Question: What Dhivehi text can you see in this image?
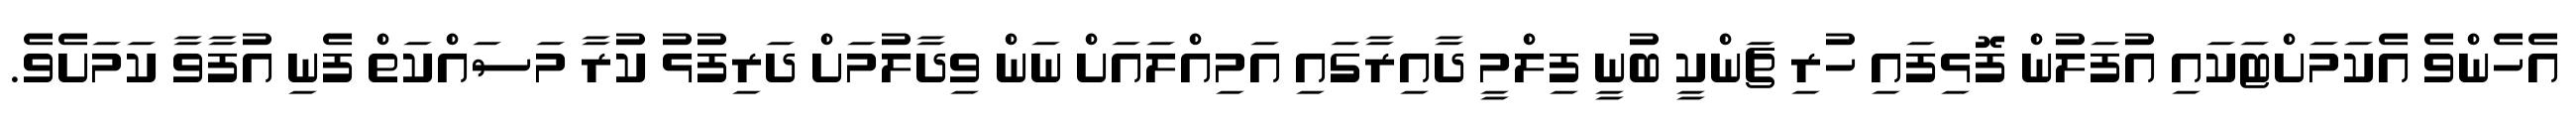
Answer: އެހެންވެ އެކަމަށްޓަކައި އުފަލުން ފޮޅިފައި ހުރި ޗަންކީ ބުނީ ފިލްމީ ދާއިރާގައި އަމިއްލައަށް ނަން ވިދާލުމަށް ދަރިފުޅު ކުރާ މަސައްކަތް ފެނި އުފާވާ ކަމަށެވެ.